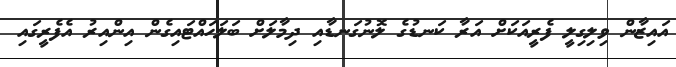
އައިޒާން ވިލިގިލީ ފެރީއަކަށް އަރާ ކަނޑުގެ ލޮނުގަނޑާއި ދިމާލަށް ބަލަހައްޓައިގެން އިންއިރު އެފެރީގައި